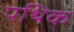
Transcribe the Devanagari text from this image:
पथिक्‌